Vabadussoja_Ajaloo_Komitee, lk 19
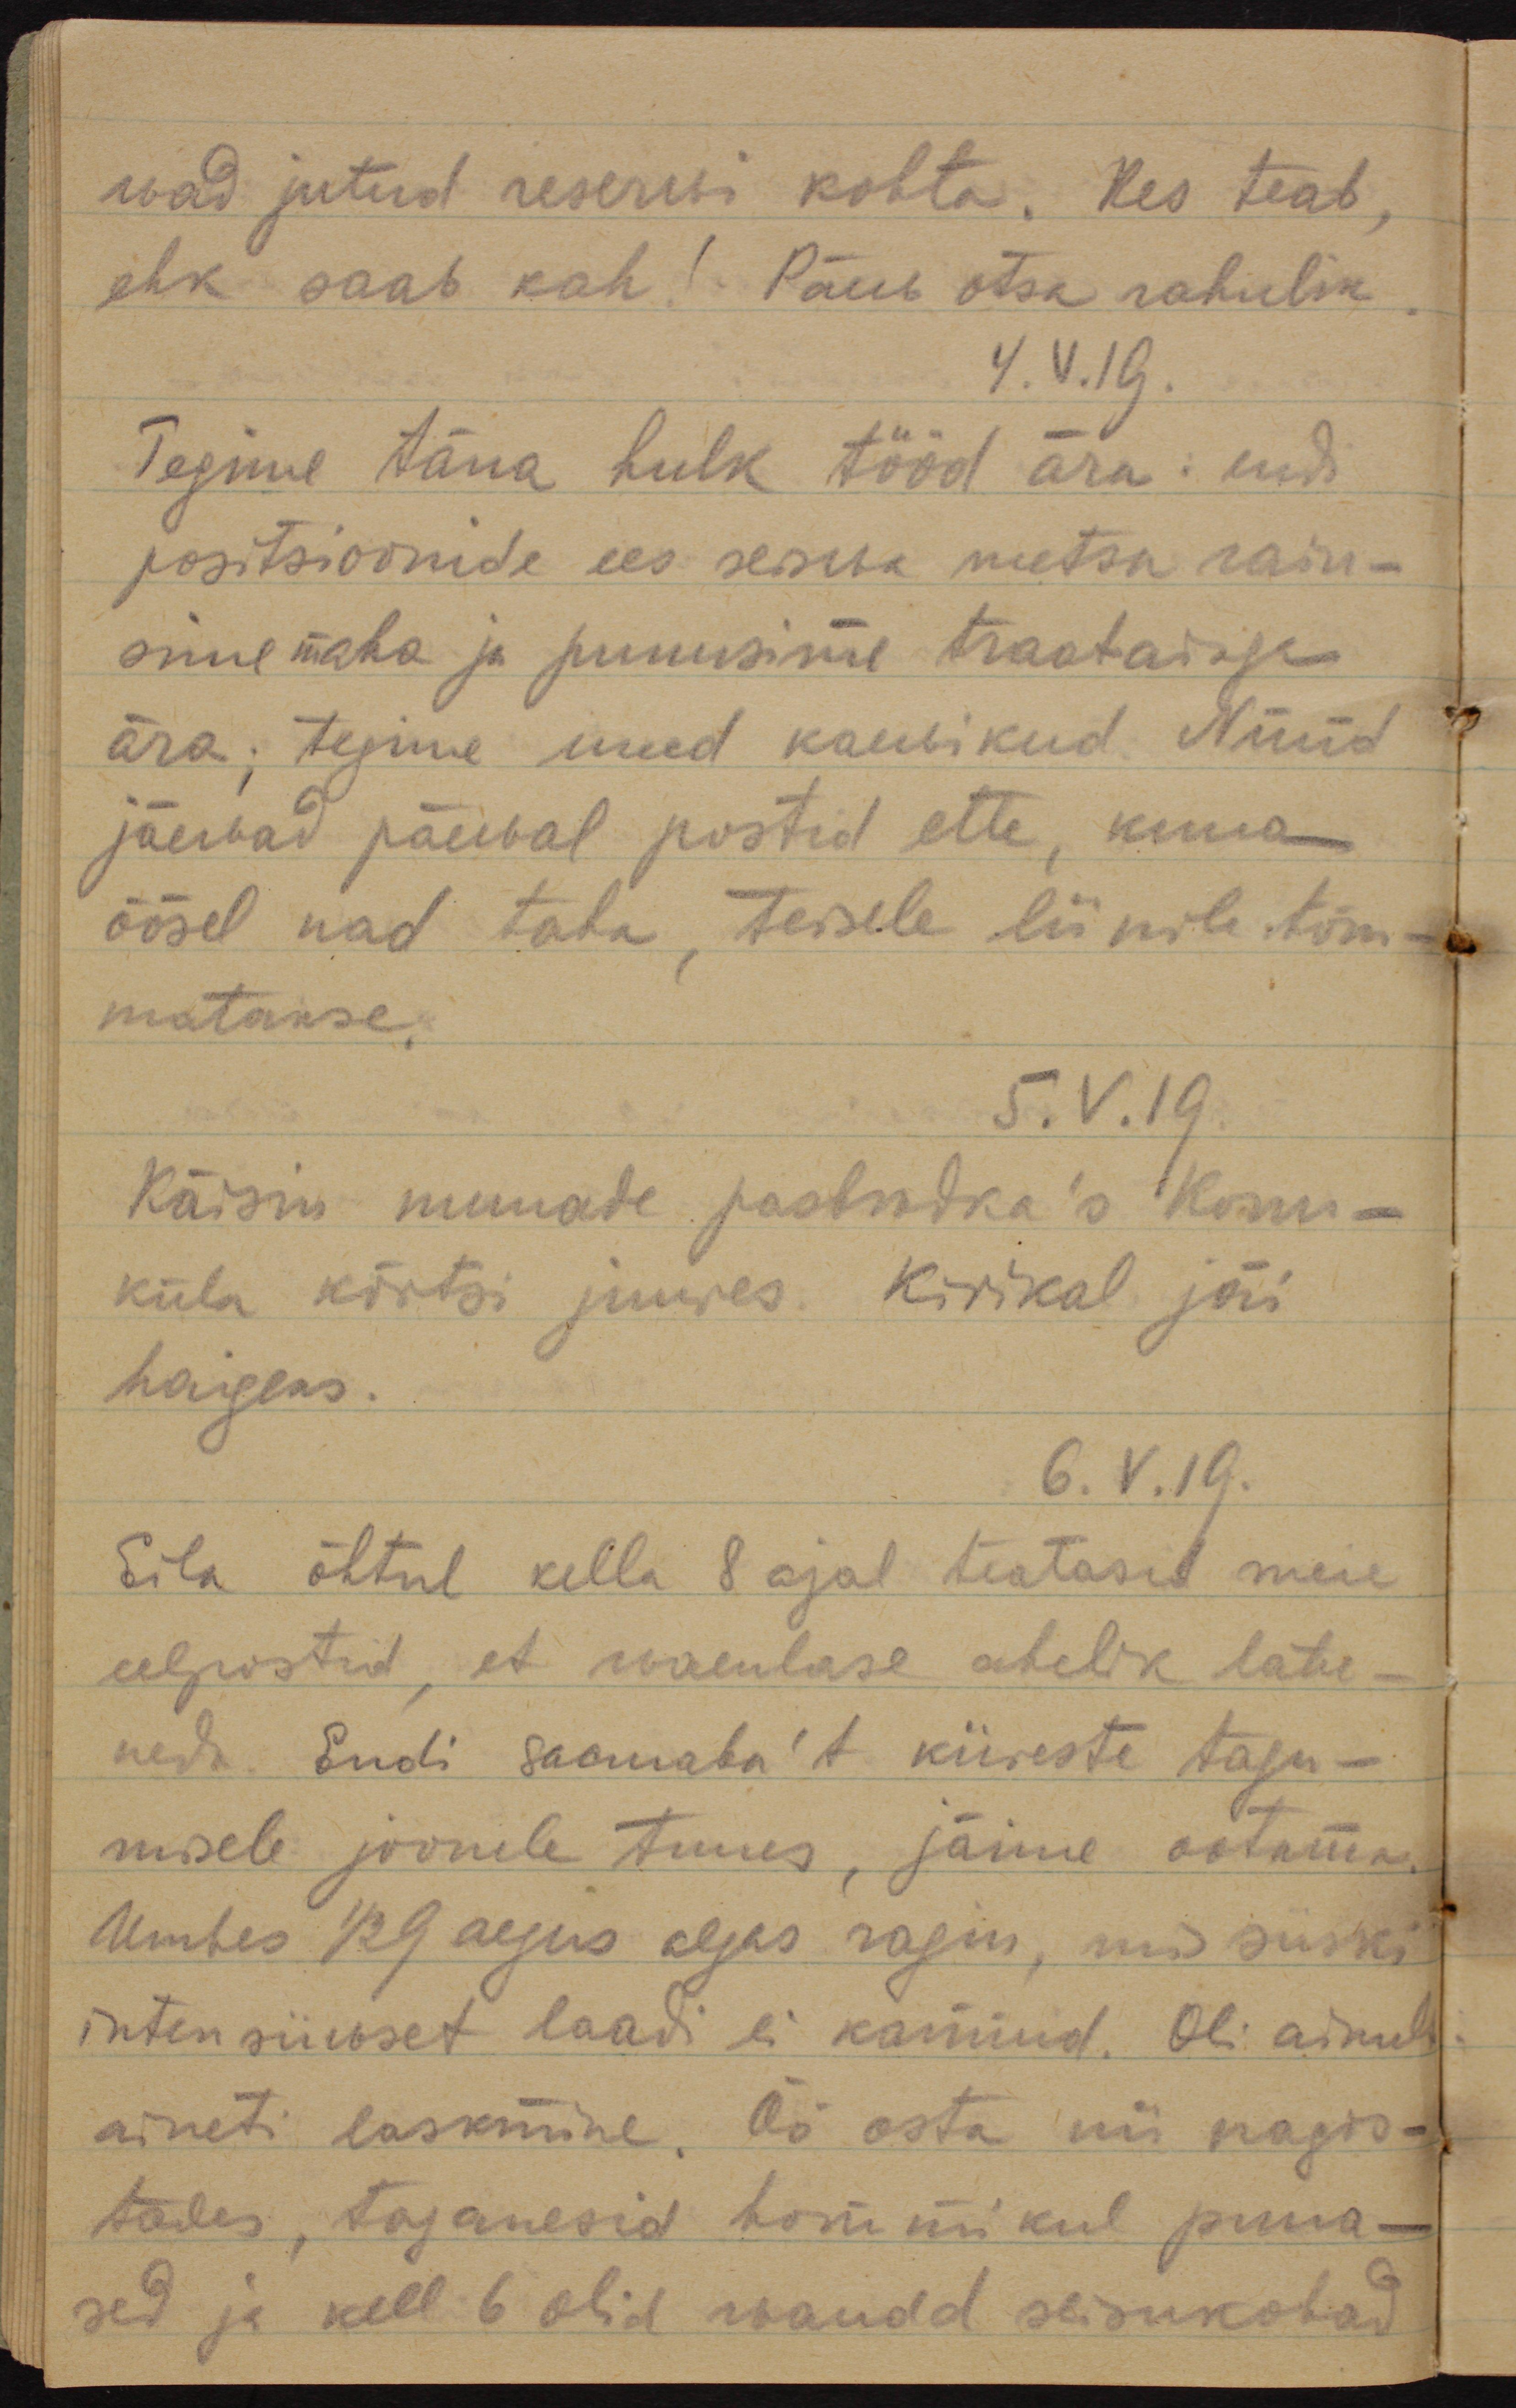
wad jutud reserwi kohta. Kes teab, 
ehk saab kah! Päew otsa rahulik.
4.V.19
Tegime täna hulk tööd ära: endi 
positsioonide ees seiswa metsa raiu-
sime maha ja punusime traataiaga 
ära; tegime uued kaewikud. Nüüd
jäewad päewal postid ette, kuna
öösel nad taha, teisele liinile tõm-
matakse.
5.V.19.
Käisin munade разведка´s Kosu
küla kõrtsi juures. Kirikal jäi
haigeks.
6.V.19.
Eila õhtul kella 8 ajal teatasid meie
eelpostid, et waenlase ahelik lähe-
neda. Endi застава´t kiireste tagu-
misele joonele tuues, jäime ootama.
Umbes 1/2 9 aegus algas ragin, mis siiski
intensiiwset laadi ei käinud. Oli ainult
aineti laskmine. Öö osta nii nagis-
tades, taganesid hommikul puna-
sed ja kell 6 olid wanad seisukohad